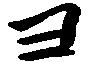
ヨ